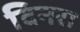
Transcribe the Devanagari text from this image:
दिनरा